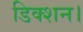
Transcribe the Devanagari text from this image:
डिक्शन।